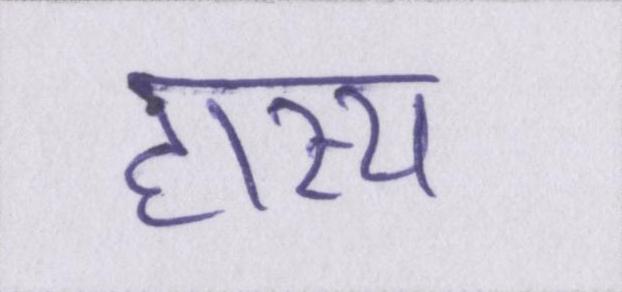
हास्य